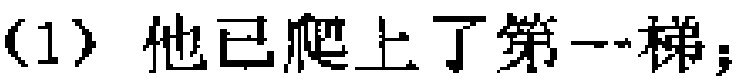
（1）他已爬上了第一梯；